Report of the Indian Hemp Drugs Commission, 1894-1895 - Volume I
Year: 1894
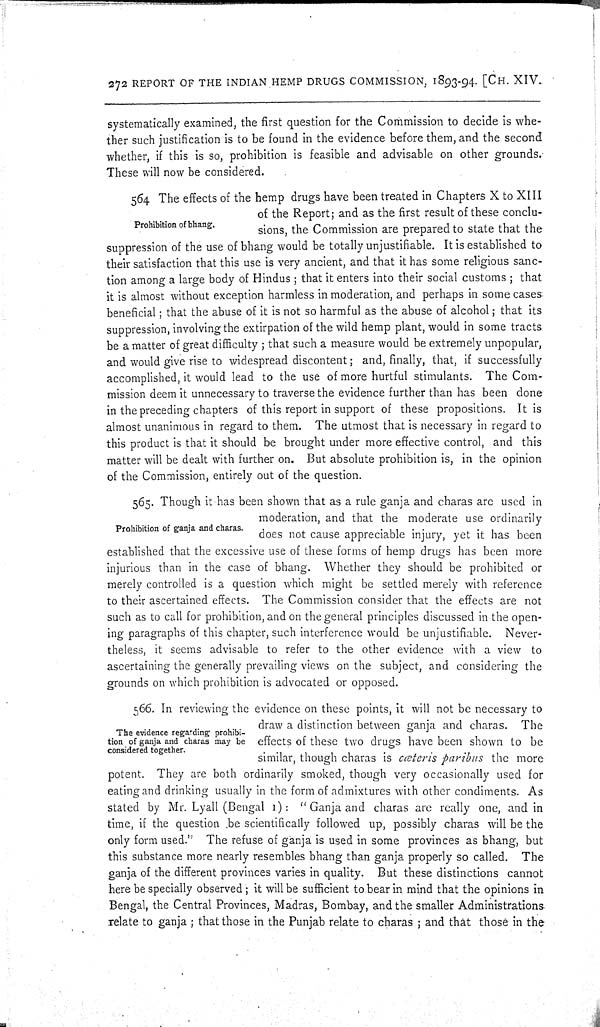
272 REPORT OF THE INDIAN HEMP DRUGS COMMISSION, 1893-94. [CH. XIV.
systematically examined, the first question for the Commission to decide is whe-
ther such justification is to be found in the evidence before them, and the second
whether, if this is so, prohibition is feasible and advisable on other grounds.
These will now be considered.
Prohibition of bhang.
564 The effects of the hemp drugs have been treated in Chapters X to XIII
of the Report; and as the first result of these conclu-
sions, the Commission are prepared to state that the
suppression of the use of bhang would be totally unjustifiable. It is established to
their satisfaction that this use is very ancient, and that it has some religious sanc-
tion among a large body of Hindus; that it enters into their social customs; that
it is almost without exception harmless in moderation, and perhaps in some cases
beneficial; that the abuse of it is not so harmful as the abuse of alcohol; that its
suppression, involving the extirpation of the wild hemp plant, would in some tracts
be a matter of great difficulty; that such a measure would be extremely unpopular,
and would give rise to widespread discontent; and, finally, that, if successfully
accomplished, it would lead to the use of more hurtful stimulants. The Com-
mission deem it unnecessary to traverse the evidence further than has been done
in the preceding chapters of this report in support of these propositions. It is
almost unanimous in regard to them. The utmost that is necessary in regard to
this product is that it should be brought under more effective control, and this
matter will be dealt with further on. But absolute prohibition is, in the opinion
of the Commission, entirely out of the question.
Prohibition of ganja and charas.
565. Though it has been shown that as a rule ganja and charas are used in
moderation, and that the moderate use ordinarily
does not cause appreciable injury, yet it has been
established that the excessive use of these forms of hemp drugs has been more
injurious than in the case of bhang. Whether they should be prohibited or
merely controlled is a question which might be settled merely with reference
to their ascertained effects. The Commission consider that the effects are not
such as to call for prohibition, and on the general principles discussed in the open-
ing paragraphs of this chapter, such interference would be unjustifiable. Never-
theless, it seems advisable to refer to the other evidence with a view to
ascertaining the generally prevailing views on the subject, and considering the
grounds on which prohibition is advocated or opposed.
The evidence regarding prohibi-
tion of ganja and charas may be
considered together.
566. In reviewing the evidence on these points, it will not be necessary to
draw a distinction between ganja and charas. The
effects of these two drugs have been shown to be
similar, though charas is cœteris paribus the more
potent. They are both ordinarily smoked, though very occasionally used for
eating and drinking usually in the form of admixtures with other condiments. As
stated by Mr. Lyall (Bengal 1): "Ganja and charas are really one, and in
time, if the question be scientifically followed up, possibly charas will be the
only form used." The refuse of ganja is used in some provinces as bhang, but
this substance more nearly resembles bhang than ganja properly so called. The
ganja of the different provinces varies in quality. But these distinctions cannot
here be specially observed; it will be sufficient to bear in mind that the opinions in
Bengal, the Central Provinces, Madras, Bombay, and the smaller Administrations
relate to ganja; that those in the Punjab relate to charas; and that those in the